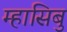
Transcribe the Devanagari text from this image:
म्हासिबु